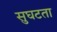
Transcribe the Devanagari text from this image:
सुघटता